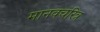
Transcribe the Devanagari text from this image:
मानवचरित्र